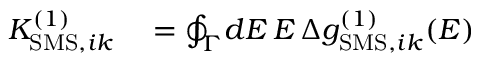
\begin{array} { r l } { K _ { \mathrm { S M S } , i k } ^ { ( 1 ) } } & { { } = \oint _ { \Gamma } \! d E \, E \, \Delta g _ { \mathrm { S M S } , i k } ^ { ( 1 ) } ( E ) } \end{array}